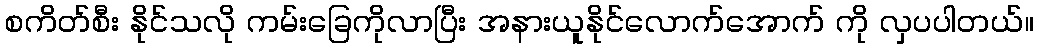
စကိတ်စီး နိုင်သလို ကမ်းခြေကိုလာပြီး အနားယူနိုင်လောက်အောက် ကို လှပပါတယ်။